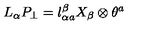
L _ { \alpha } P _ { \perp } = l _ { \alpha a } ^ { \beta } X _ { \beta } \otimes \theta ^ { a }